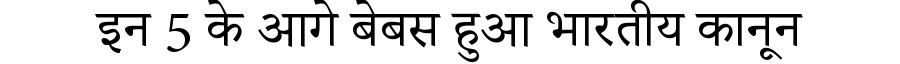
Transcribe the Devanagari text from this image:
इन 5 के आगे बेबस हुआ भारतीय कानून